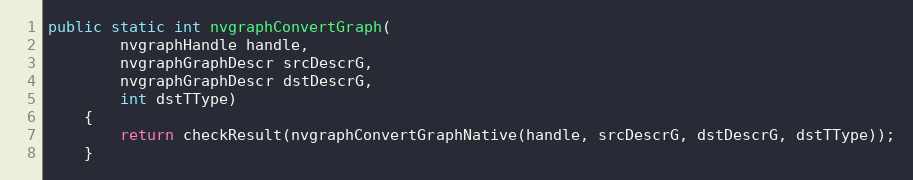
Language: Java
public static int nvgraphConvertGraph(
        nvgraphHandle handle,
        nvgraphGraphDescr srcDescrG,
        nvgraphGraphDescr dstDescrG,
        int dstTType)
    {
        return checkResult(nvgraphConvertGraphNative(handle, srcDescrG, dstDescrG, dstTType));
    }